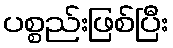
ပစ္စည်းဖြစ်ပြီး